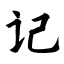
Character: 记